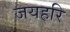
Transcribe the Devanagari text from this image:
जयहरि